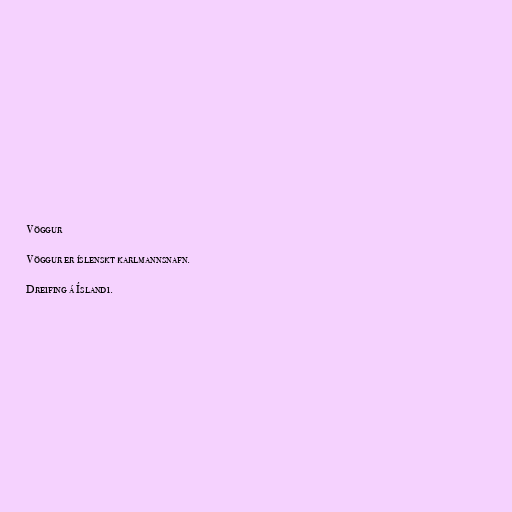
Vöggur

Vöggur er íslenskt karlmannsnafn.

Dreifing á Íslandi.